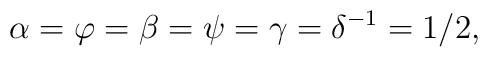
\alpha =\varphi =\beta =\psi =\gamma =\delta ^{-1}=1/2,